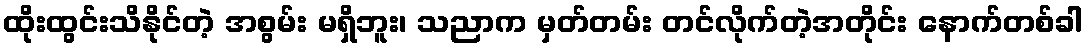
ထိုးထွင်းသိနိုင်တဲ့ အစွမ်း မရှိဘူး၊ သညာက မှတ်တမ်း တင်လိုက်တဲ့အတိုင်း နောက်တစ်ခါ